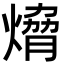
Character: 熁